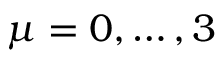
\mu = 0 , \ldots , 3